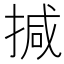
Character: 㨔